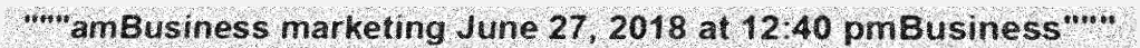
"""amBusiness marketing June 27, 2018 at 12:40 pmBusiness"""